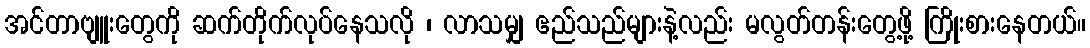
အင်တာဗျူးတွေကို ဆက်တိုက်လုပ်နေသလို ၊ လာသမျှ ဧည်သည်များနဲ့လည်း မလွတ်တန်းတွေ့ဖို့ ကြိုးစားနေတယ်။